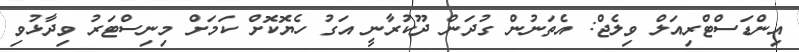
އިންޑަސްޓްރިއަލް ވިލެޖް: އެތަނުން ގުދަން ދޫކުރާނީ އަގު ހެޔޮކޮށް ކަމަށް މިނިސްޓަރު ވިދާޅުވި